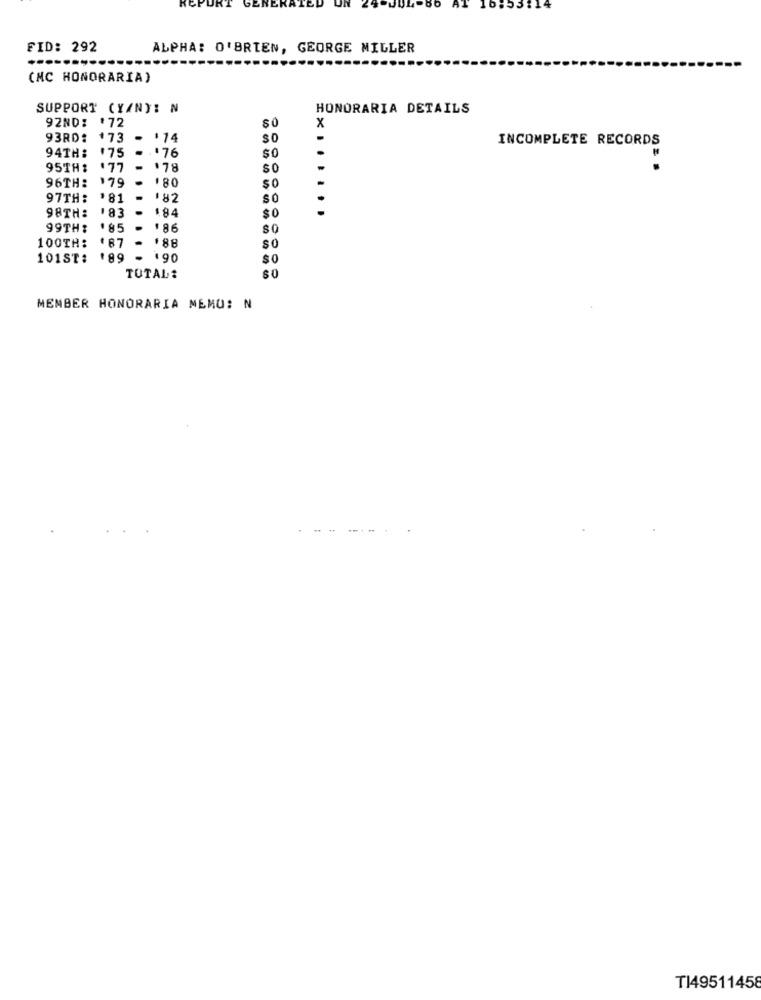
ERATED
AT
16.53:14
FID: 292
ALPHA: O'BRIEN, GEORGE MILLER
(NC HONORARIA)
SUPPORT (YANY: N
HONORARIA DETAILS
92ND: '72
x
93RD:
+73
.14
$0
INCOMPLETE RECORDS
.75
.
.. 76
SO
94TH:
95TH:
.77
-
$78
$0
$80
96TH:
179
$0
97TH:
'81
182
SO
....
98TH:
$84
183
$0
99TH?
.85
$86
so
100TH:
.
$88
101ST: '89
- 190
$0
SO
TOTAL:
MEMBER HONORARIA MEMO: N
T149511458